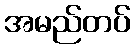
အမည်တပ်